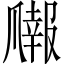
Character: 𬋳